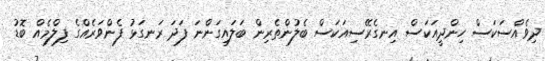
ދިވެއްސަކަސް ހިންދީއަކަސް އިނގެރޭސިއަކަސް ބެލުންތެރިން ބަލައިގަންނަ ފަދަ ރަނގަޅު ފެންވަރެއްގެ ފިލްމެއް ބޮޑު